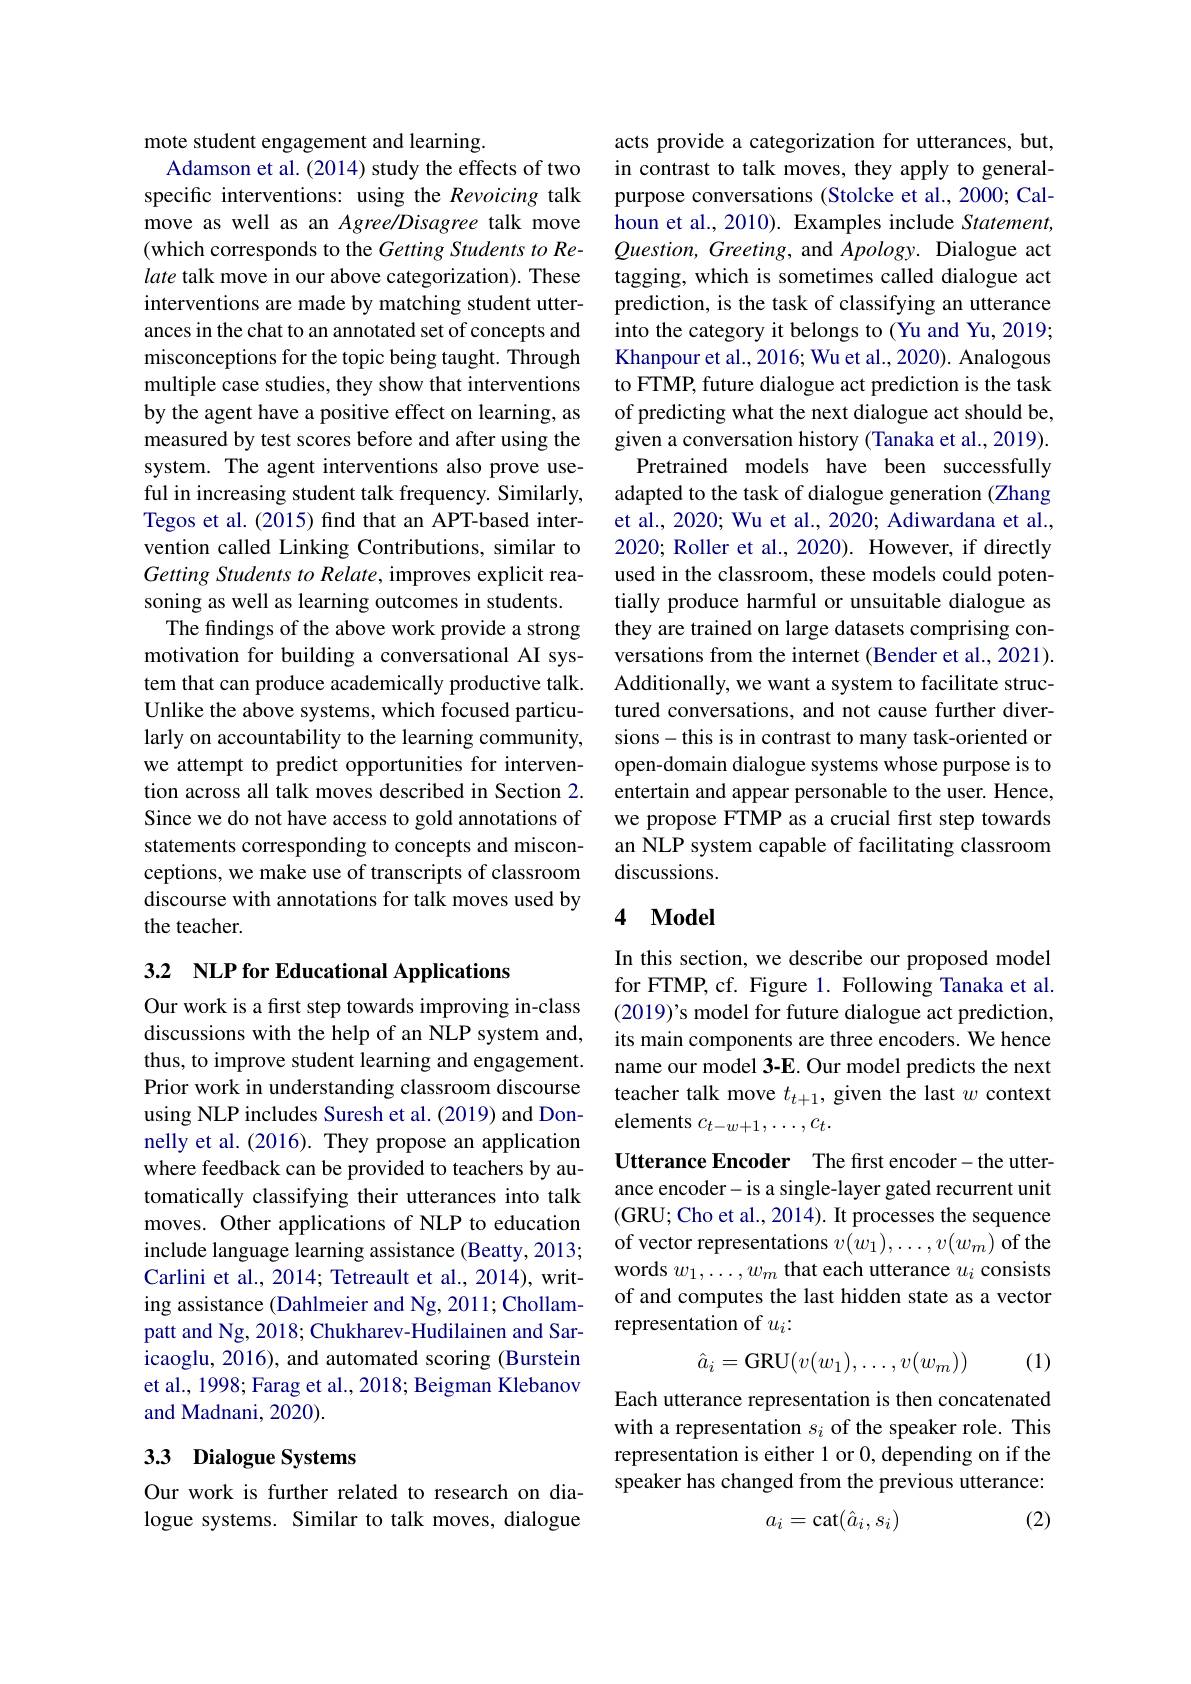
mote student engagement and learning.
Adamson et al. (2014) study the effects of two specific interventions: using the Revoicing talk move as well as an Agree/Disagree talk move (which corresponds to the Getting Students to Relate talk move in our above categorization). These interventions are made by matching student utterances in the chat to an annotated set of concepts and misconceptions for the topic being taught. Through multiple case studies, they show that interventions by the agent have a positive effect on learning, as measured by test scores before and after using the system. The agent interventions also prove useful in increasing student talk frequency. Similarly, Tegos et al. (2015) find that an APT-based intervention called Linking Contributions, similar to Getting Students to Relate, improves explicit reasoning as well as learning outcomes in students.
The findings of the above work provide a strong motivation for building a conversational AI system that can produce academically productive talk. Unlike the above systems, which focused particularly on accountability to the learning community, we attempt to predict opportunities for intervention across all talk moves described in Section 2. Since we do not have access to gold annotations of statements corresponding to concepts and misconceptions, we make use of transcripts of classroom discourse with annotations for talk moves used by the teacher.

3.2 NLP for Educational Applications

Our work is a first step towards improving in-class discussions with the help of an NLP system and, thus, to improve student learning and engagement. Prior work in understanding classroom discourse using NLP includes Suresh et al. (2019) and Donnelly et al. (2016). They propose an application where feedback can be provided to teachers by automatically classifying their utterances into talk moves. Other applications of NLP to education include language learning assistance (Beatty, 2013; Carlini et al., 2014; Tetreault et al., 2014), writing assistance (Dahlmeier and Ng, 2011; Chollampatt and Ng, 2018; Chukharev-Hudilainen and Saricaoglu, 2016), and automated scoring (Burstein et al., 1998; Farag et al., 2018; Beigman Klebanov and Madnani, 2020).

# 33 Dialogue Systems

Our work is further related to research on dialogue systems. Similar to talk moves, dialogue

acts provide a categorization for utterances, but, in contrast to talk moves, they apply to generalpurpose conversations (Stolcke et al., 2000; Calhoun et al., 2010). Examples include Statement, $Question,Greeting$, and Apology. Dialogue act tagging, which is sometimes called dialogue act prediction, is the task of classifying an utterance into the category it belongs to (Yu and Yu, 2019; Khanpour et al., 2016; Wu et al., 2020). Analogous to FTMP, future dialogue act prediction is the task of predicting what the next dialogue act should be, given a conversation history (Tanaka et al., 2019)
Pretrained models have been successfully adapted to the task of dialogue generation (Zhang et al., 2020; Wu et al., 2020; Adiwardana et al., 2020; Roller et al., 2020). However, if directly used in the classroom, these models could potentially produce harmful or unsuitable dialogue as they are trained on large datasets comprising conversations from the internet (Bender et al., 2021) Additionally, we want a system to facilitate structured conversations, and not cause further diversions-this is in contrast to many task-oriented or open-domain dialogue systems whose purpose is to entertain and appear personable to the user. Hence, we propose FTMP as a crucial frst step towards an NLP system capable of facilitating classroom discussions.

## 4 $\mathbf{Model}$

In this section, we describe our proposed model for FTMP, cf. Figure 1. Following Tanaka et al. $(2019)’$s model for future dialogue act prediction, its main components are three encoders. We hence name our model 3-E. Our model predicts the next teacher talk move $t_t+1$, given the last $w$ context elements $c_t-w+1,\ldots,c_t.$
Utterance Encoder The first encoder-the utterance encoder- is a single-layer gated recurrent unit (GRU; Cho et al., 2014). It processes the sequence of vector representations $v(w_1),\ldots,v(w_m)$ of the words $w_1,\ldots,w_m$ that each utterance $u_i$ consists of and computes the last hidden state as a vector representation of $u_i:$
$$\hat{a}_i=\mathrm{GRU}(v(w_1),\ldots,v(w_m))$$
(1)

Each utterance representation is then concatenated with a representation $s_i$ of the speaker role. This representation is either 1 or 0, depending on if the speaker has changed from the previous utterance:

(2)
$$a_i=\operatorname{cat}(\hat{a}_i,s_i)$$